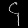
Digit: ၄